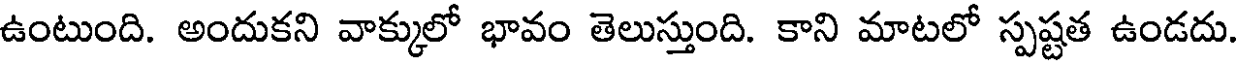
ఉంటుంది. అందుకని వాక్కులో భావం తెలుస్తుంది. కాని మాటలో స్పష్టత ఉండదు.